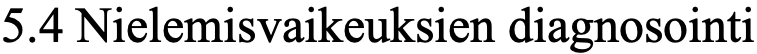
5.4 Nielemisvaikeuksien diagnosointi